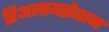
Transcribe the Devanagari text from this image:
रिअलायझेशन